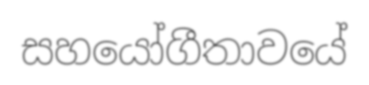
සහයෝගීතාවයේ